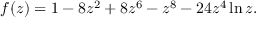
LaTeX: f ( z ) = 1 - 8 z ^ { 2 } + 8 z ^ { 6 } - z ^ { 8 } - 2 4 z ^ { 4 } \ln z .